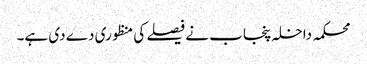
محکمہ داخلہ پنجاب نے فیصلے کی منظوری دے دی ہے۔